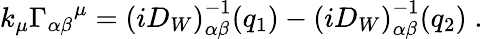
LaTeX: k_{\mu}{\Gamma_{\alpha\beta}}^{\mu}=\left(iD_{W}\right)_{\alpha\beta}^{-1}(q_{1})-\left(iD_{W}\right)_{\alpha\beta}^{-1}(q_{2})\; .